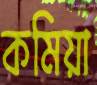
কমিয়া